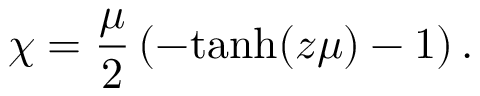
\chi = { \frac { \mu } { 2 } } \left( - \mathrm { t a n h } ( z \mu ) - 1 \right) .